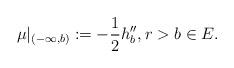
LaTeX: \begin{align*}\mu|_{(-\infty, b)}:=-\frac{1}{2}h''_b, r>b\in E. \end{align*}